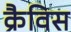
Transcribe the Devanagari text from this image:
क्रैविस